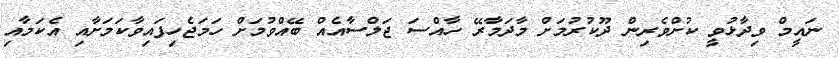
ނައީމް ވިދާޅުވީ ކުށްވެރިން ދޫކުރުމަށް މާދަމާރޭ ހާއްސަ ޖަލްސާއެއް ބޭއްވުމަށް ހަމަޖެހިފައިވާކަމަށާއި އެކަމާއި